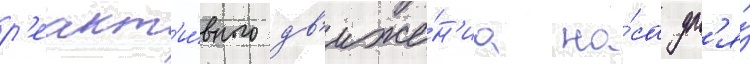
р'еакт'и́вного дв'иже́н'иа на́са дл'я́